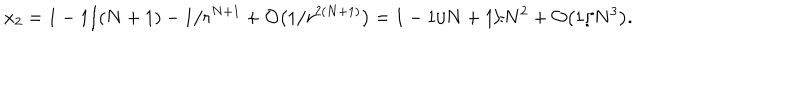
x _ { 2 } = 1 - 1 / ( N + 1 ) - 1 / r ^ { N + 1 } + { \cal O } \bigl ( 1 / r ^ { 2 ( N + 1 ) } \bigr ) = 1 - 1 / N + 1 / N ^ { 2 } + { \cal O } \bigl ( 1 / N ^ { 3 } \bigr ) .